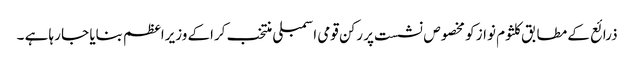
ذرائع کے مطابق کلثوم نواز کو مخصوص نشست پر رکن قومی اسمبلی منتخب کراکے وزیراعظم بنایا جا رہا ہے ۔